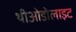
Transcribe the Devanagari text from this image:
थीओडोलाइट